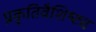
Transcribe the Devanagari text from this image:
प्रकृतिवैशिष्ट्य